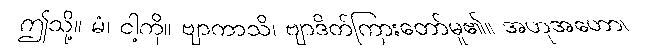
ဤသို့။ မံ၊ ငါ့ကို။ ဗျာကာသိ၊ ဗျာဒိတ်ကြားတော်မူ၏။ အဟုအဟော၊